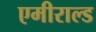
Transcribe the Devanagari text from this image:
एमीराल्ड